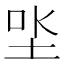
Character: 𡋏